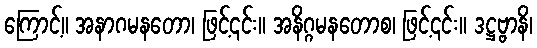
ကြောင့်။ အနာဂမနတော၊ ဖြင့်၎င်း။ အနိဂ္ဂမနတောစ၊ ဖြင့်၎င်း။ ဒဋ္ဌဗ္ဗာနိ၊